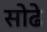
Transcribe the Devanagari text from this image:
सोढे